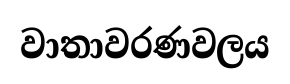
වාතාවරණවලය